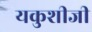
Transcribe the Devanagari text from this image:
यकुशीजी